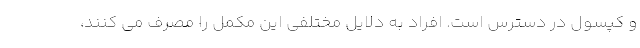
و کپسول در دسترس است. افراد به دلایل مختلفی این مکمل را مصرف می کنند،